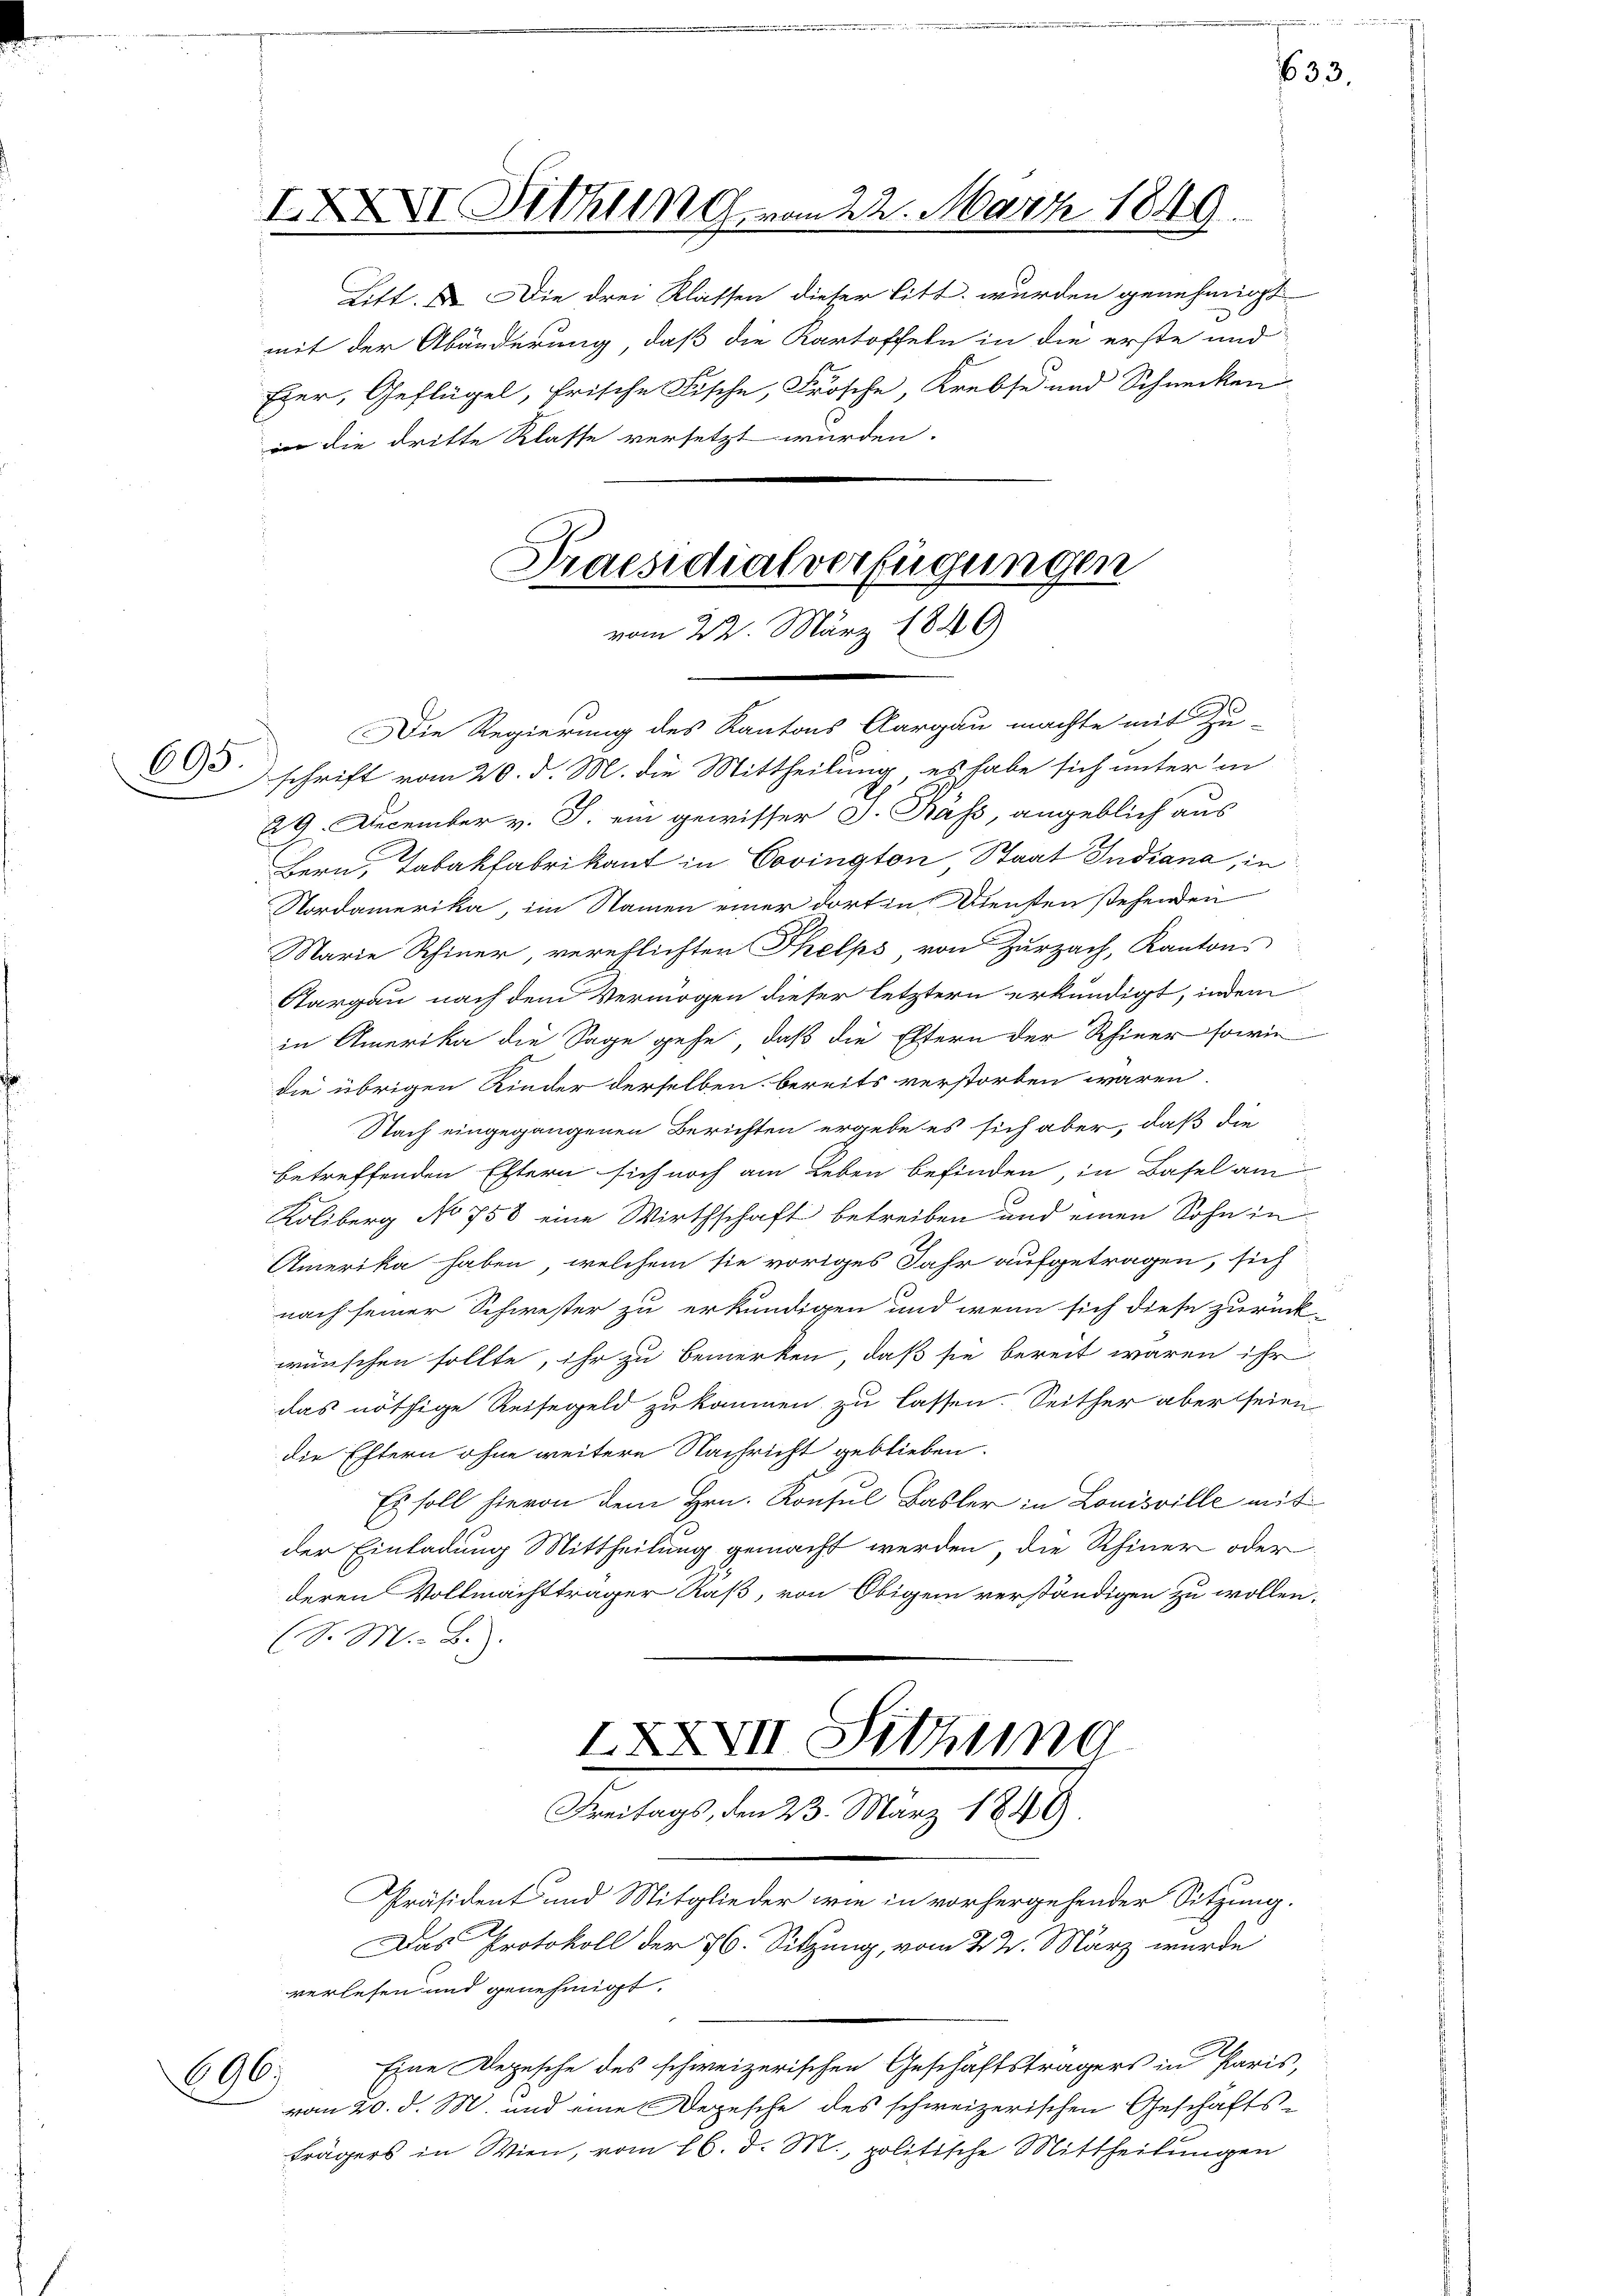
IXXXVI Sitzung vom 22. März 1849.
Litt.  Die drei Klassen dieser litt, wurden genehmigt

mit der Abänderung, daß die Kartoffeln in die erste und
Eier, Geflügel, frische Fische, Frösche Krebse und Schnecken
in die dritte Klasse versetzt würden.

Praesidialverfügungen
vom 22. März 1840

Die Regierung des Kantons Aargau machte mit Zu-
605 schrift vom 20. d. M. die Mittheilung, es habe sich unter in
29. December v. J. ein gewisser J. Päss, angeblich aus
Bern, Tabakfabrikant in Covington Staat Indiana, in
Nordamerika, im Namen einer dorten Diensten stehenden
Marie Schiner, verpflichten Thelps von Zurzach, Kantons
Sargau nach dem Vermögen dieser letztern erkundigt, indem
in Amerika die Sage gehe, daß die Eltern der Rhiner sowie
die übrigen Rieder derselben bereits verstorben wären.
Nach eingegangenen Berichten ergebe es sich aber, daß die
betreffenden Estern sich noch am Leben befinden, in Basel am
Koliberg No 758 eine Wirthschaft betreiben und einen Sohn in
Amerika haben, welchem sie voriges Jahr aufgetragen, sich
nach seiner Schwester zu erkundigen und wenn sich diese zurück-
wünschen sollte, ihr zu bemerken, daß sie bereit wären ihr
das nöthige Reisegeld zu kommen zu lassen. Seither aber seien
die Eltern ohne weitere Nachricht geblieben.
Es soll hievon dem Hrn. Konsul Basler in Louisville mit
der Einladung Mittheilung gemacht werden, die Rhiner oder
deren Vollmachtträger Räß, von Obigem verständigen zu wollen,
(S. M. B.
XXXVII Sitzung
Sontag, das 15. May 1819.
Präsident und Mitglieder wie in vorhergehender Sitzung.
Das Protokoll der 36. Sitzung, vom 24. März wurde
verlesen und genehmigt.
Eine Depesche des schweizerischen Geschäftsträgers in Paris,
696.
vom 20. d. M. und eine Depesche des schweizerischen Geschäftsträgers in Wien, vom 16. d. M., politische Mittheilungen

633.